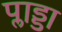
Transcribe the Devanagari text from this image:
प्लाड्डा